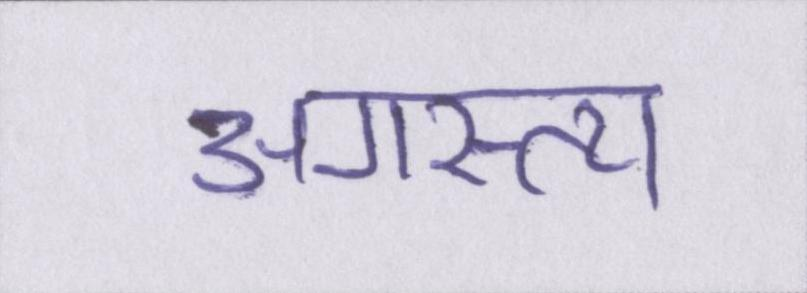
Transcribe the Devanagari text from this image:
अगस्त्य